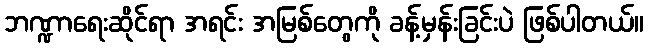
ဘဏ္ဍာရေးဆိုင်ရာ အရင်း အမြစ်တွေကို ခန့်မှန်းခြင်းပဲ ဖြစ်ပါတယ်။